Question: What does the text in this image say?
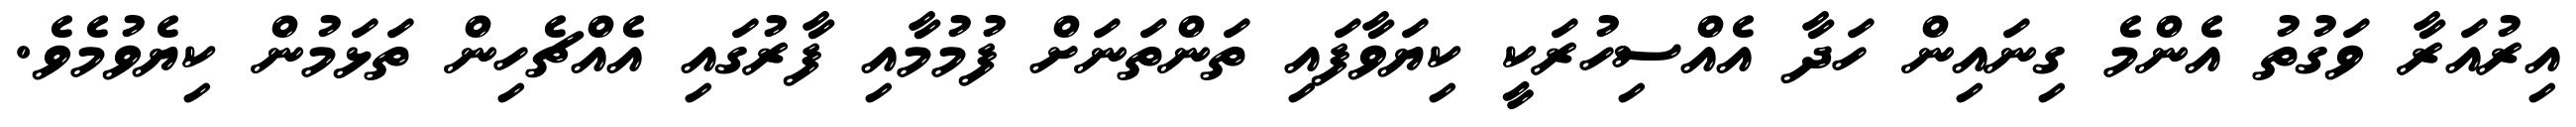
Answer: އިރުއަރާ ވަގުތު އެންމެ ގިނައިން ހަދާ އެއްސިހުރަކީ ކިޔަވާފައި ތަންތަނަށް ފުމުމާއި ފާރުގައި އެއްޗެހިން ތަޅަމުން ކިޔެވުމެވެ.